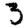
Digit: 3